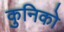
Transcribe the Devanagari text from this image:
कुनिको